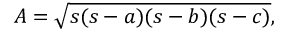
A = { \sqrt { s ( s - a ) ( s - b ) ( s - c ) } } ,